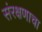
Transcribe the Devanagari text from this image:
संरक्षणाचा